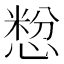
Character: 㥹